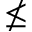
\nleq